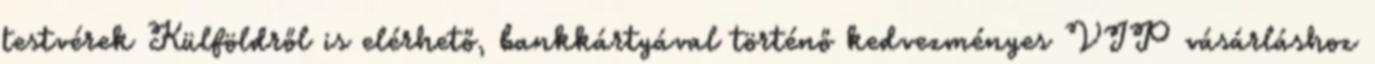
testvérek Külföldről is elérhető, bankkártyával történő kedvezményes VIP vásárláshoz